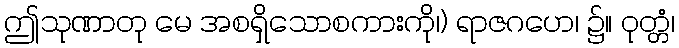
ဤသုဏာတု မေ အစရှိသောစကားကို၊) ရာဇဂဟေ၊ ၌။ ဝုတ္တံ၊